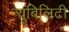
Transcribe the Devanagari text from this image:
न्यूबिलिटी